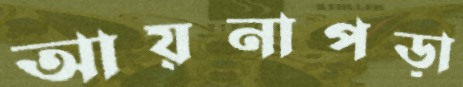
আয়নাপড়া